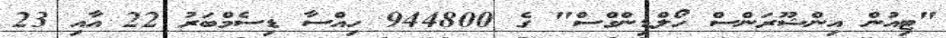
"ޓިއުން އިންޝޫރަންސް ހޯލްޑިންގްސް" ގެ 944800 ހިއްސާ ޑިސެމްބަރު 22 އާއި 23